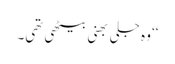
‘‘ وہ جلی بھنی بیٹھی تھی۔